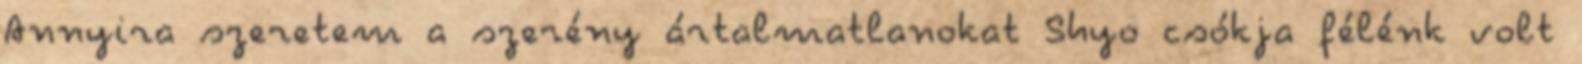
Annyira szeretem a szerény ártalmatlanokat Shyo csókja félénk volt